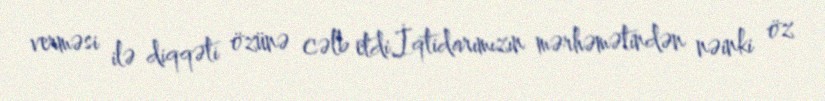
verməsi ilə diqqəti özünə cəlb etdi.İqtidarımızın mərhəmətindən nəinki öz